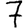
Digit: 7